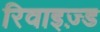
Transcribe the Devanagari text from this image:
रिवाइज़्ड